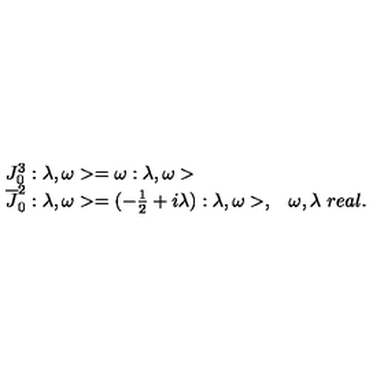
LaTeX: \begin{array} { l l } { J _ { 0 } ^ { 3 } : \lambda , \omega > = \omega : \lambda , \omega > } & { } \\ { \overline { { J } } _ { 0 } ^ { 2 } : \lambda , \omega > = ( - \frac { 1 } { 2 } + i \lambda ) : \lambda , \omega > , } & { \omega , \lambda \ r e a l . } \\ \end{array}